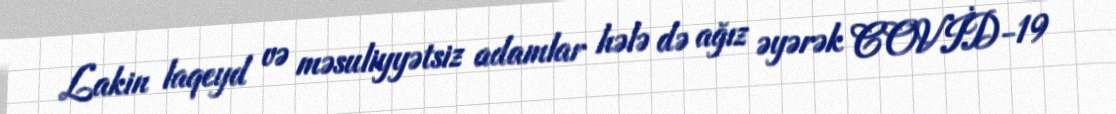
Lakin laqeyd və məsuliyyətsiz adamlar hələ də ağız əyərək COVİD-19